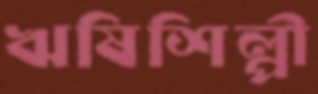
ঋষিশিল্পী